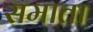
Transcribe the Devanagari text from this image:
समाता